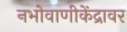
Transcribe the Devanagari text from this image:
नभोवाणीकेंद्रावर